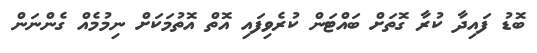
ބޮޑު ފައިދާ ކުރާ ގޮތަށް ބައްޓަން ކުރެވިފައި އޮތް އޮތުމަކަށް ނިމުމެއް ގެންނަން